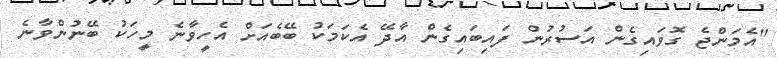
"އެމަންޖެ ގޮވައިގެން އަސުރުން ފައިބައިގެން އާދޭ އެކަމަކު ބޭބެއަށް އެހީވާނެ މީހަކު ބޭނުންވާނެ